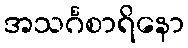
အသင်္ဂစာရိနော